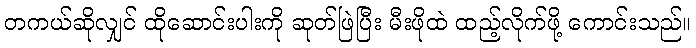
တကယ်ဆိုလျှင် ထိုဆောင်းပါးကို ဆုတ်ဖြဲပြီး မီးဖိုထဲ ထည့်လိုက်ဖို့ ကောင်းသည်။